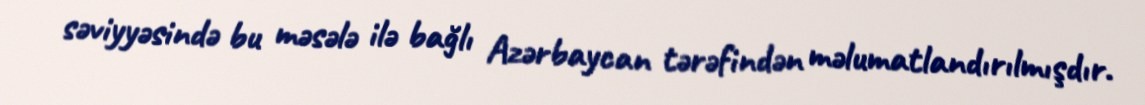
səviyyəsində bu məsələ ilə bağlı Azərbaycan tərəfindən məlumatlandırılmışdır.